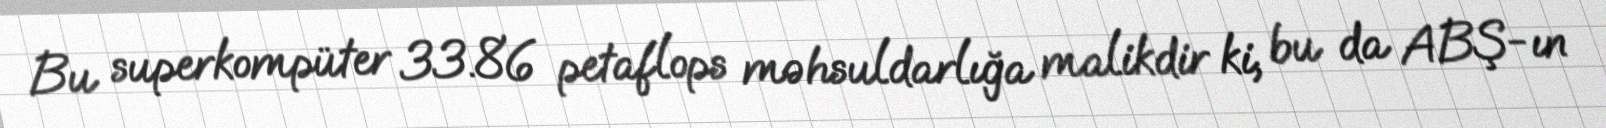
Bu superkompüter 33.86 petaflops məhsuldarlığa malikdir ki, bu da ABŞ-ın